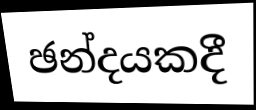
ඡන්දයකදී